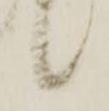
候